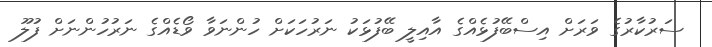
ސަރުކާރުގެ ވަރަށް އިސްބޭފުޅެއްގެ އާއިލީ ބޭފުޅަކު ނަރުހަކަށް ހުންނަވާ ވޯޑެއްގެ ނަރުހުންނަށް ފުލޫ